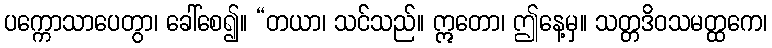
ပက္ကောသာပေတွာ၊ ခေါ်စေ၍။ “တယာ၊ သင်သည်။ ဣတော၊ ဤနေ့မှ။ သတ္တဒိဝသမတ္ထကေ၊